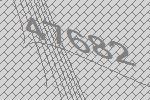
47682